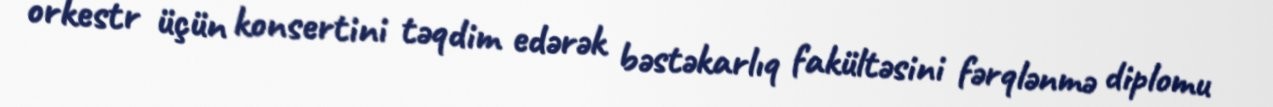
orkestr üçün konsertini təqdim edərək bəstəkarlıq fakültəsini fərqlənmə diplomu